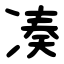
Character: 凑